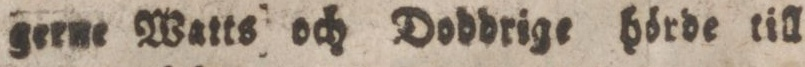
gerne Watts och Doddrige hörde till